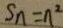
S _ { n } = n ^ { 2 }